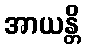
အာယန္တိ